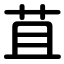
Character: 苴